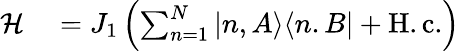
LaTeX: \begin{array}{rl}{\mathcal{H}}&{{}=J_{1}\left(\sum_{n=1}^{N}|n,A\rangle\langle n.B|+\mathrm{H.c.}\right)}\end{array}